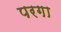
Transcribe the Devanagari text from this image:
परगा